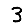
Digit: 3